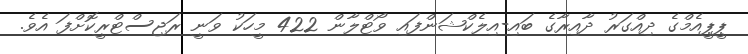
ޕީޕީއެމްގެ ދިއްގަރު ދާއިރާގެ ބައި-އިލެކްޝަންފައި ވޯޓްލާން 422 މީހަކު ވަނީ ރަޖިސްޓްރީކޮށްފަ އެވެ.